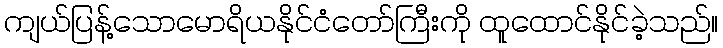
ကျယ်ပြန့်သောမောရိယနိုင်ငံတော်ကြီးကို ထူထောင်နိုင်ခဲ့သည်။